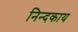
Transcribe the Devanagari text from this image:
निन्दकाय